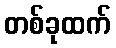
တစ်ခုထက်